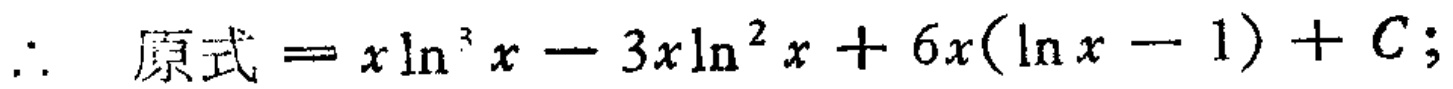
\(\therefore\ 原式 = x\ln^{3}x - 3x\ln^{2}x + 6x(\ln x - 1) + C;\)